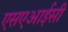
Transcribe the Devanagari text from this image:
एसएआईसी